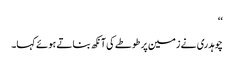
‘‘
چوہدری نے زمین پر طوطے کی آنکھ بناتے ہوئے کہا۔